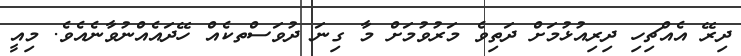
ދިރޭ އެއްޗިހި ދިރިއުޅުމަށް ދަތިވެ މަރުވުމަށް މާ ގިނަ ދުވަސްތކެއް ހޭދައެއްނުވާނެއެވެ. މިއީ